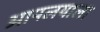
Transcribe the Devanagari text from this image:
आपलयाला